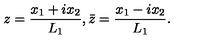
z = \frac { x _ { 1 } + i x _ { 2 } } { L _ { 1 } } , \bar { z } = \frac { x _ { 1 } - i x _ { 2 } } { L _ { 1 } } .